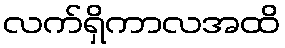
လက်ရှိကာလအထိ